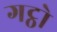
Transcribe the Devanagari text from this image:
गट्ठो